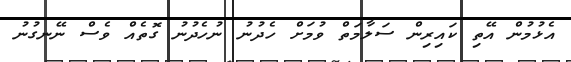
އެޅުމުން އޭތި ކައިރިން ސަލާމަތް ވުމަށް ހެދުނު ނުހެދުނު ގޮތެެއް ވެސް ނޭނގުނު